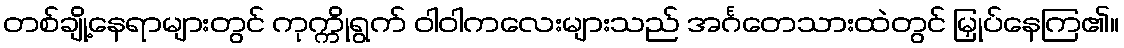
တစ်ချို့နေရာများတွင် ကုက္ကိုရွက် ဝါဝါကလေးများသည် အင်္ဂတေသားထဲတွင် မြှုပ်နေကြ၏။